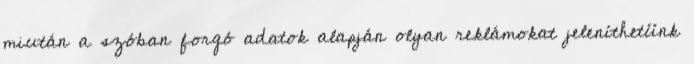
miután a szóban forgó adatok alapján olyan reklámokat jeleníthetünk